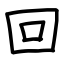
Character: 回